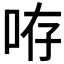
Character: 𠱜